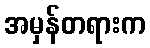
အမှန်တရားက